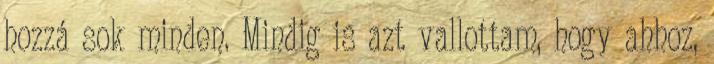
hozzá sok minden. Mindig is azt vallottam, hogy ahhoz,